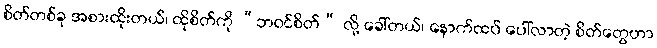
စိတ်တစ်ခု အစားထိုးတယ်၊ ထိုစိတ်ကို “ဘဝင်စိတ်” လို့ ခေါ်တယ်၊ နောက်ထပ် ပေါ်လာတဲ့ စိတ်တွေဟာ